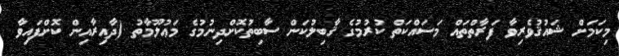
މިކަމަށް ޝައުޤުވެރިވާ ފަރާތްތައް މަސައްކަތް ކުރުމުގެ ޤާބިލުކަން ސާބިތުކޮށްދިނުމުގެ މަޢުލޫމާތު (ދާއިރާއިން ކޮށްފައިވާ